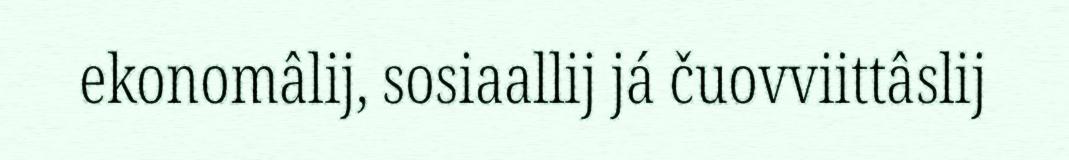
ekonomâlij, sosiaallij já čuovviittâslij